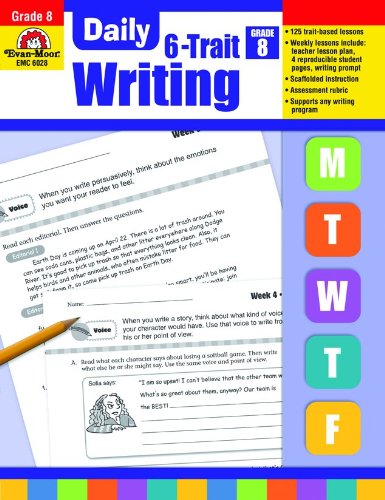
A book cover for Daily 6-Trait Writing, Grade 8; Evan Moor; Teen & Young Adult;